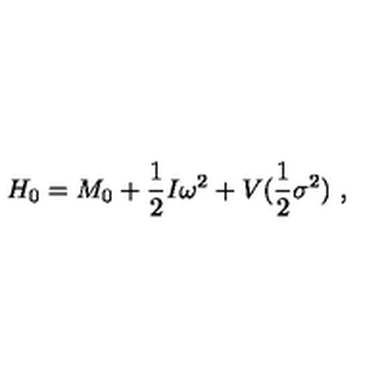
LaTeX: H _ { 0 } = M _ { 0 } + \frac 1 2 I \omega ^ { 2 } + V ( \frac 1 2 \sigma ^ { 2 } ) \ ,